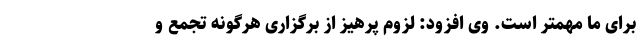
برای ما مهمتر است. وی افزود: لزوم پرهیز از برگزاری هرگونه تجمع و